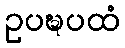
ဥပဍ္ဎပထံ